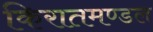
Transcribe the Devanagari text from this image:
किरातमण्डल